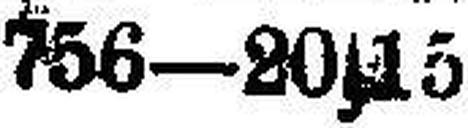
756—20|15